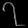
Digit: ၇